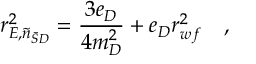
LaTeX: r _ { E , \tilde { n } _ { \bar { S } D } } ^ { 2 } = { \frac { 3 e _ { D } } { 4 m _ { D } ^ { 2 } } } + e _ { D } r _ { w f } ^ { 2 } ~ ~ ~ ,